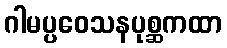
ဂါမပ္ပဝေသနပုစ္ဆကထာ